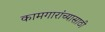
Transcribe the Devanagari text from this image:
कामगारांच्यासाठी